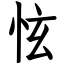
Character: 怰